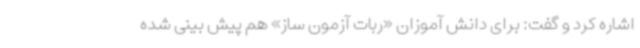
اشاره کرد و گفت: برای دانش آموزان «ربات آزمون ساز» هم پیش بینی شده